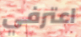
اعترفي